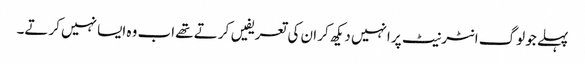
پہلے جو لوگ انٹرنیٹ پر انہیں دیکھ کر ان کی تعریفیں کرتے تھے اب وہ ایسا نہیں کرتے۔